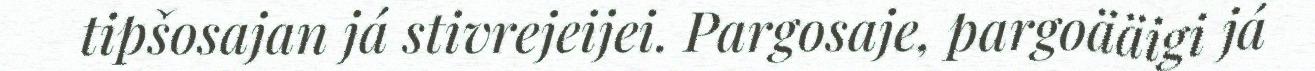
tipšosajan já stivrejeijei. Pargosaje, pargoääigi já